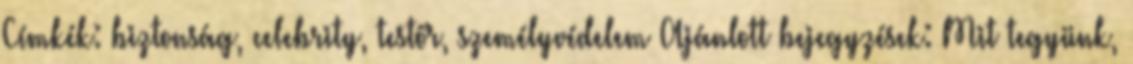
Címkék: biztonság, celebrity, testőr, személyvédelem Ajánlott bejegyzések: Mit tegyünk,